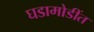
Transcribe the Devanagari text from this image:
घडामोडींत